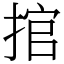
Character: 捾